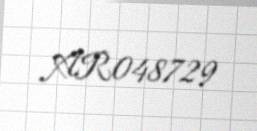
AR048729